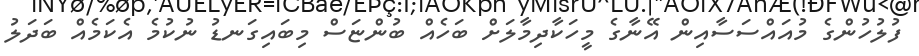
ފުލުހުންގެ މުއައްސަސާއިން އޭނާގެ މީހަކާދިމާލަށް ބަހެއް ބުންޏަސް މިބައިގަނޑު ނުކުމެ އެކަމެއް ބަދަލު